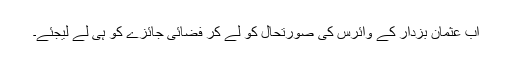
اب عثمان بزدار کے وائرس کی صورتحال کو لے کر فضائی جائزے کو ہی لے لیجئے۔